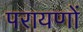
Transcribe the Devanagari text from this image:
परायणों